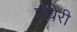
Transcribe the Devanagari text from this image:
पीबेरी